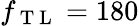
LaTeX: f_{\mathrm{~T~L~}}=180